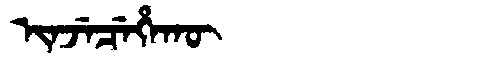
Manchu: ᡳᠨᠵᡝᠴᡝᡥᠠᡴᡡ
Romanization: INJECEHAKŪ